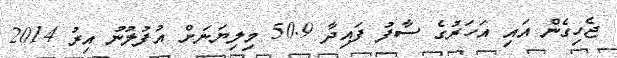
ޖެހިގެން އައި އަހަރުގެ ސާފު ފައިދާ 50.9 މިލިޔަނަށް އުފުލުނު އިރު 2014